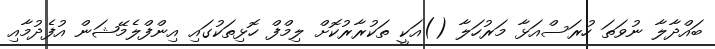
ބައްދާލާ ނުވަތަ ހުރަސްއަޅާ މަރުހަލާ ()އަކީ ތަކުރާރުކޮށް ލިމްފް ހޮޅިތަކުގައި އިންފްލެމޭޝަން އުފެދުމާއި